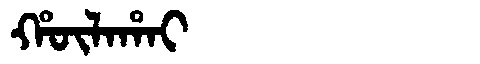
Manchu: ᡥᡡᠯᠠᡥᠠᡳ
Romanization: HŪLAHAI